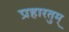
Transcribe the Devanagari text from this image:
प्रहारतुम्